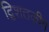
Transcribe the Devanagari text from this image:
द्विशतकीय